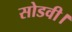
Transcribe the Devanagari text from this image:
सोडवी।